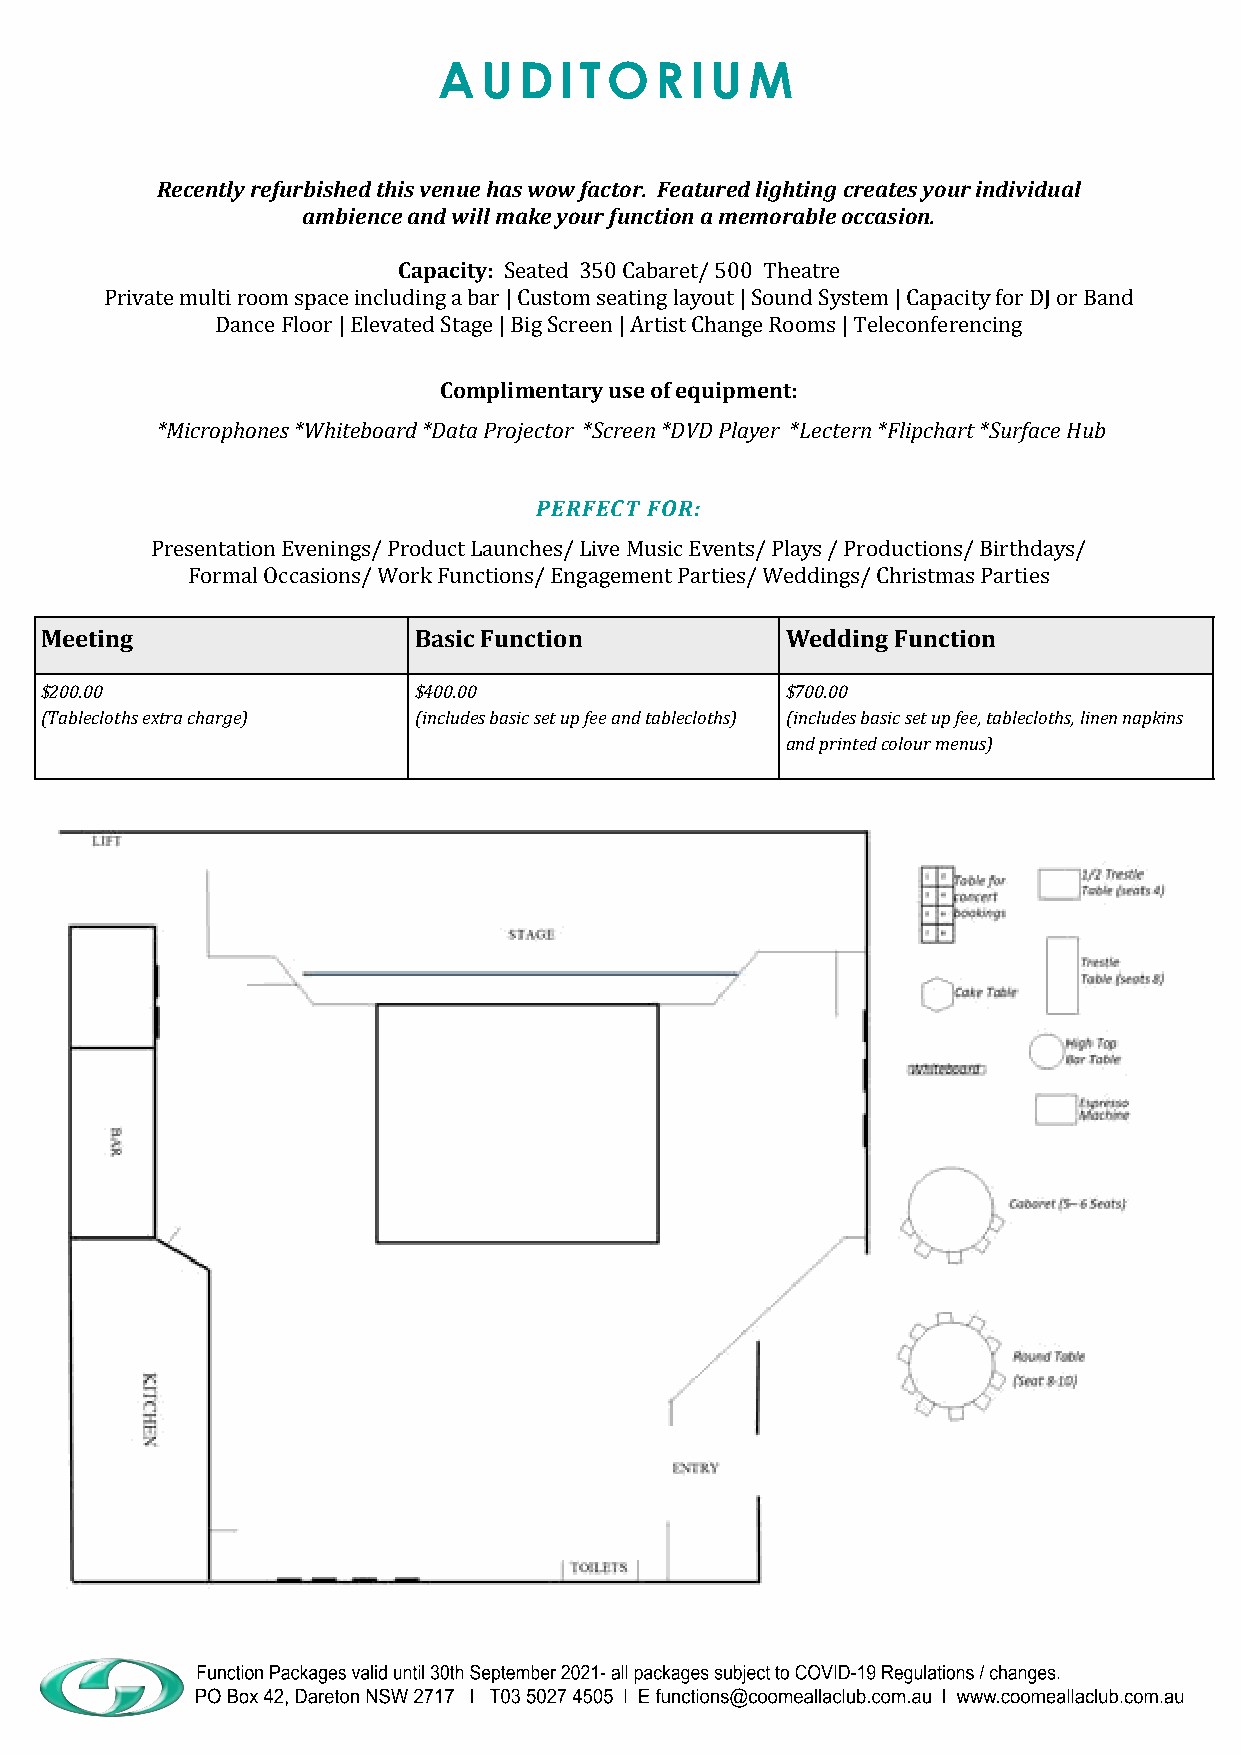
AUDITORIUM
 Recently refurbished this venue has wow factor. Featured lighting creates your individual
 ambience and will make your function a memorable occasion.
 Capacity: Seated 350 Cabaret/ 500 Theatre
 Private multi room space including a bar | Custom seating layout | Sound System | Capacity for DJ or Band
 Dance Floor | Elevated Stage | Big Screen | Artist Change Rooms | Teleconferencing
 Complimentary use of equipment:
 *Microphones *Whiteboard *Data Projector *Screen *DVD Player *Lectern *Flipchart *Surface Hub
 PERFECT FOR:
 Presentation Evenings/ Product Launches/ Live Music Events/ Plays / Productions/ Birthdays/
 Formal Occasions/ Work Functions/ Engagement Parties/ Weddings/ Christmas Parties
 Meeting                 Basic Function           Wedding Function
 $200.00                 $400.00                  $700.00
 (Tablecloths extra charge) (includes basic set up fee and tablecloths) (includes basic set up fee, tablecloths, linen napkins
 and printed colour menus)